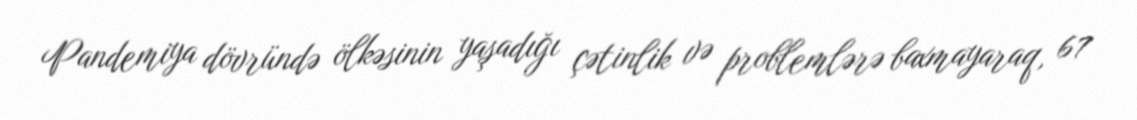
Pandemiya dövründə ölkəsinin yaşadığı çətinlik və problemlərə baxmayaraq, 67